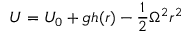
{ U } = { U } _ { 0 } + g h ( r ) - { \frac { 1 } { 2 } } \Omega ^ { 2 } r ^ { 2 }